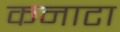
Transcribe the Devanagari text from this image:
कनाटा